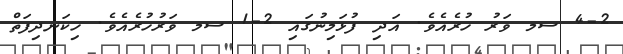
4-2 ސމ ވަރު ހުރެއެވެ. އަދި ފުޅަމިނުގައި 2-1 ސމ ވަރުހުރެއެވެ. ހިކަނދިފަތް